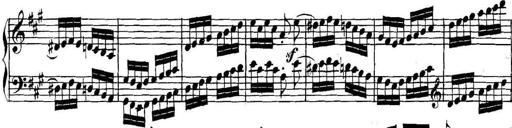
Title: Collected Piano Sonatas
Composer: Muzio Clementi